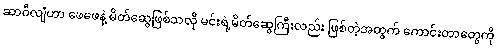
ဆာဝီလျံဟာ ဖေဖေနဲ့ မိတ်ဆွေဖြစ်သလို မင်းရဲ့မိတ်ဆွေကြီးလည်း ဖြစ်တဲ့အတွက် ကောင်းတာတွေကို